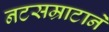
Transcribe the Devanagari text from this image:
नटसम्राटाने